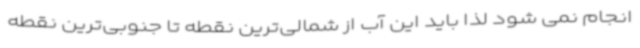
انجام نمی شود لذا باید این آب از شمالی‌ترین نقطه تا جنوبی‌ترین نقطه